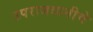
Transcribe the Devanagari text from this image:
उपराजधानीचे